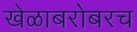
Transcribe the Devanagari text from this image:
खेळाबरोबरच